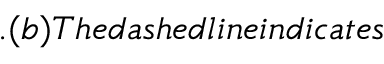
. ( b ) T h e d a s h e d l i n e i n d i c a t e s